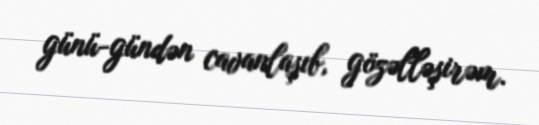
günü-gündən cavanlaşıb, gözəlləşirəm.